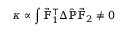
\kappa \propto \displaystyle \int \vec { \mathbb { F } } _ { 1 } ^ { \intercal } \Delta \hat { \mathbb { P } } \vec { \mathbb { F } } _ { 2 } \neq 0